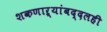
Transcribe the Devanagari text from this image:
शकणाऱ्यांबद्दलही